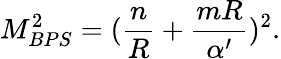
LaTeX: M_{BPS}^{2}=({\frac{n}{R}}+{\frac{mR}{\alpha^{\prime}}})^{2}.